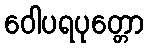
ဝေါပရပုတ္တော